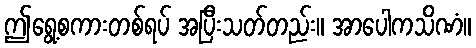
ဤရွေ့စကားတစ်ရပ် အပြီးသတ်တည်း။ အာပေါကသိဏံ။